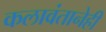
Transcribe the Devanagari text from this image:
कलावंतानेही